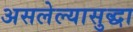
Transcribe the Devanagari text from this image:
असलेल्यासुद्धा